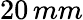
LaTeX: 20\, mm